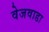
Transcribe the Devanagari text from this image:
वेजवाडा